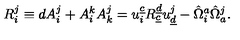
R _ { i } ^ { j } \equiv d A _ { i } ^ { j } + A _ { i } ^ { k } A _ { k } ^ { j } = u _ { i } ^ { \underline { c } } R _ { \underline { c } } ^ { \underline { d } } u _ { \underline { d } } ^ { j } - \hat { \Omega } _ { i } ^ { a } \hat { \Omega } _ { a } ^ { j } .